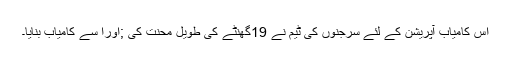
اس کامیاب آپریشن کے لئے سرجنوں کی ٹیم نے 19گھنٹے کی طویل محنت کی ;اورا سے کامیاب بنایا۔